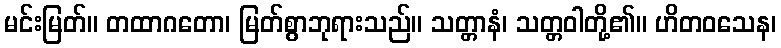
မင်းမြတ်။ တထာဂတော၊ မြတ်စွာဘုရားသည်။ သတ္တာနံ၊ သတ္တဝါတို့၏။ ဟိတဝသေန၊